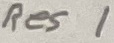
Text: Res1